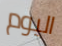
اليوم